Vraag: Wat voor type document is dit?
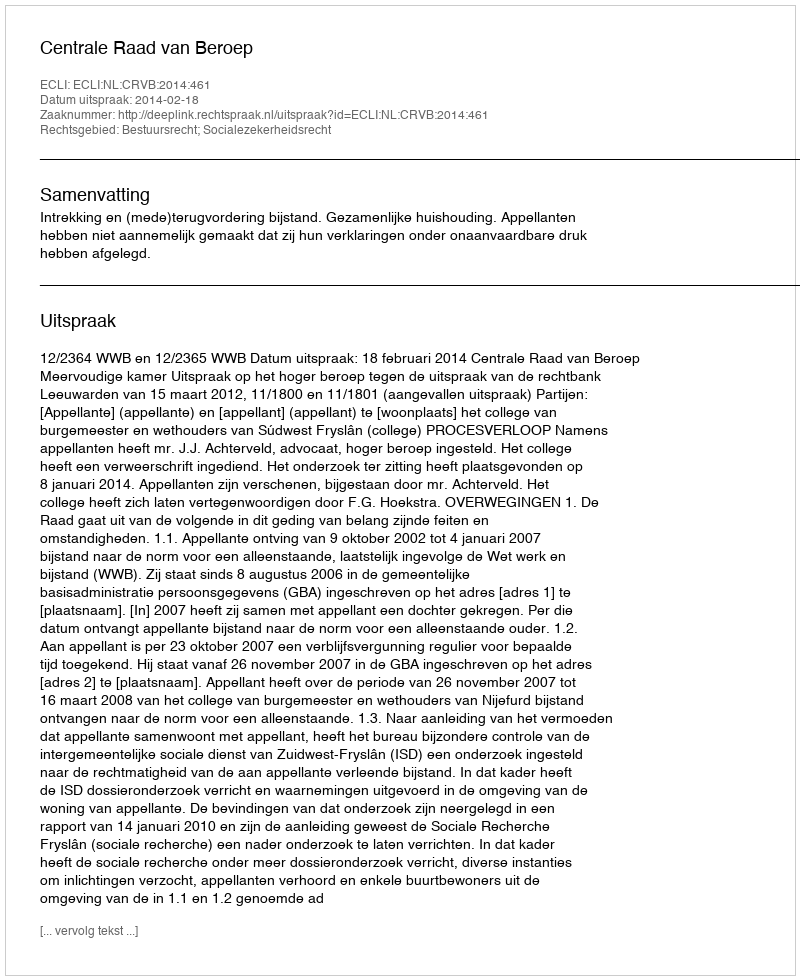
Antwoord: Uitspraak